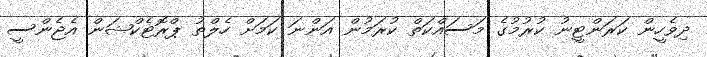
ދިވެހީން ކަރަންޓީނު ކުރުމުގެ މަސައްކަތް ކުރަމުން އަންނަ ކަމަށް ހެލްތު ޕްރޮޓެކްޝަން އެޖެންސީ